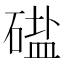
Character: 𱴤